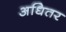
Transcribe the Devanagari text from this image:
अधितर